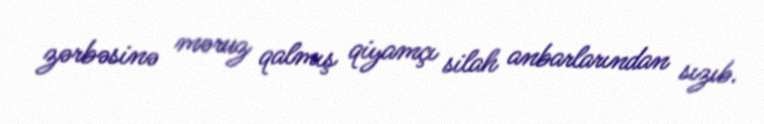
zərbəsinə məruz qalmış qiyamçı silah anbarlarından sızıb.